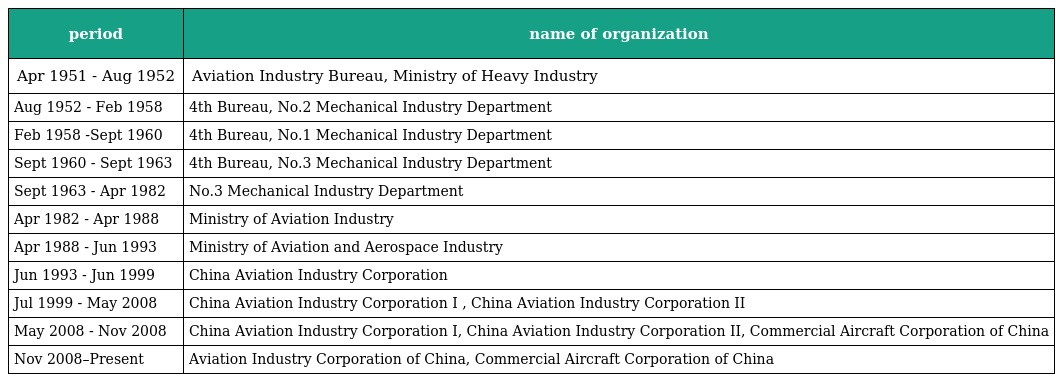
| period | name of organization |
 | --- | --- |
 | Apr 1951 - Aug 1952 | Aviation Industry Bureau, Ministry of Heavy Industry |
 | Aug 1952 - Feb 1958 | 4th Bureau, No.2 Mechanical Industry Department |
 | Feb 1958 -Sept 1960 | 4th Bureau, No.1 Mechanical Industry Department |
 | Sept 1960 - Sept 1963 | 4th Bureau, No.3 Mechanical Industry Department |
 | Sept 1963 - Apr 1982 | No.3 Mechanical Industry Department |
 | Apr 1982 - Apr 1988 | Ministry of Aviation Industry |
 | Apr 1988 - Jun 1993 | Ministry of Aviation and Aerospace Industry |
 | Jun 1993 - Jun 1999 | China Aviation Industry Corporation |
 | Jul 1999 - May 2008 | China Aviation Industry Corporation I , China Aviation Industry Corporation II |
 | May 2008 - Nov 2008 | China Aviation Industry Corporation I, China Aviation Industry Corporation II, Commercial Aircraft Corporation of China |
 | Nov 2008–Present | Aviation Industry Corporation of China, Commercial Aircraft Corporation of China |